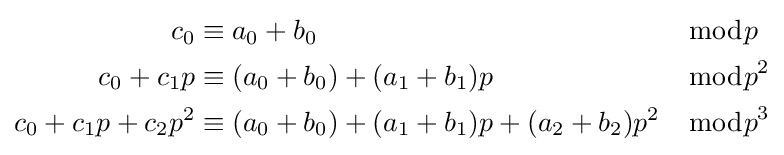
{\begin{aligned}c_{0}&\equiv a_{0}+b_{0}&&{\bmod {p}}\\c_{0}+c_{1}p&\equiv (a_{0}+b_{0})+(a_{1}+b_{1})p&&{\bmod {p}}^{2}\\c_{0}+c_{1}p+c_{2}p^{2}&\equiv (a_{0}+b_{0})+(a_{1}+b_{1})p+(a_{2}+b_{2})p^{2}&&{\bmod {p}}^{3}\end{aligned}}